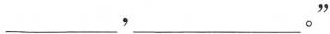
___，___。”